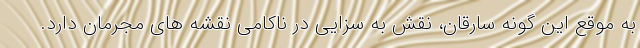
به موقع این گونه سارقان، نقش به سزایی در ناکامی نقشه های مجرمان دارد.